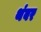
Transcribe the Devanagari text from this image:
थंबर